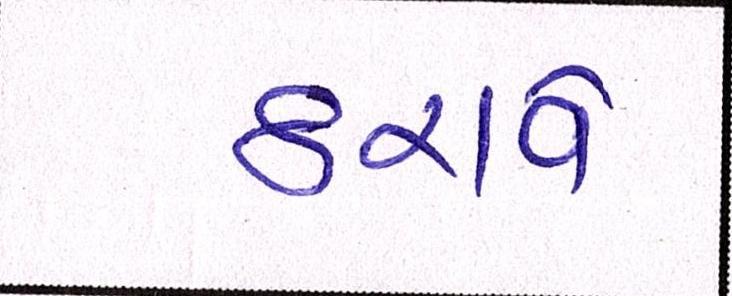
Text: ઠરાવે